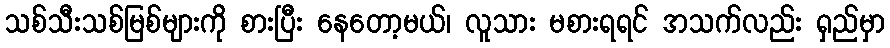
သစ်သီးသစ်မြစ်များကို စားပြီး နေတော့မယ်၊ လူသား မစားရရင် အသက်လည်း ရှည်မှာ